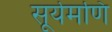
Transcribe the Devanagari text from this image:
सूर्यमणि